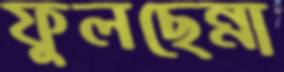
ফুলছেন্না